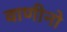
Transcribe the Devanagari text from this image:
वाणीनो